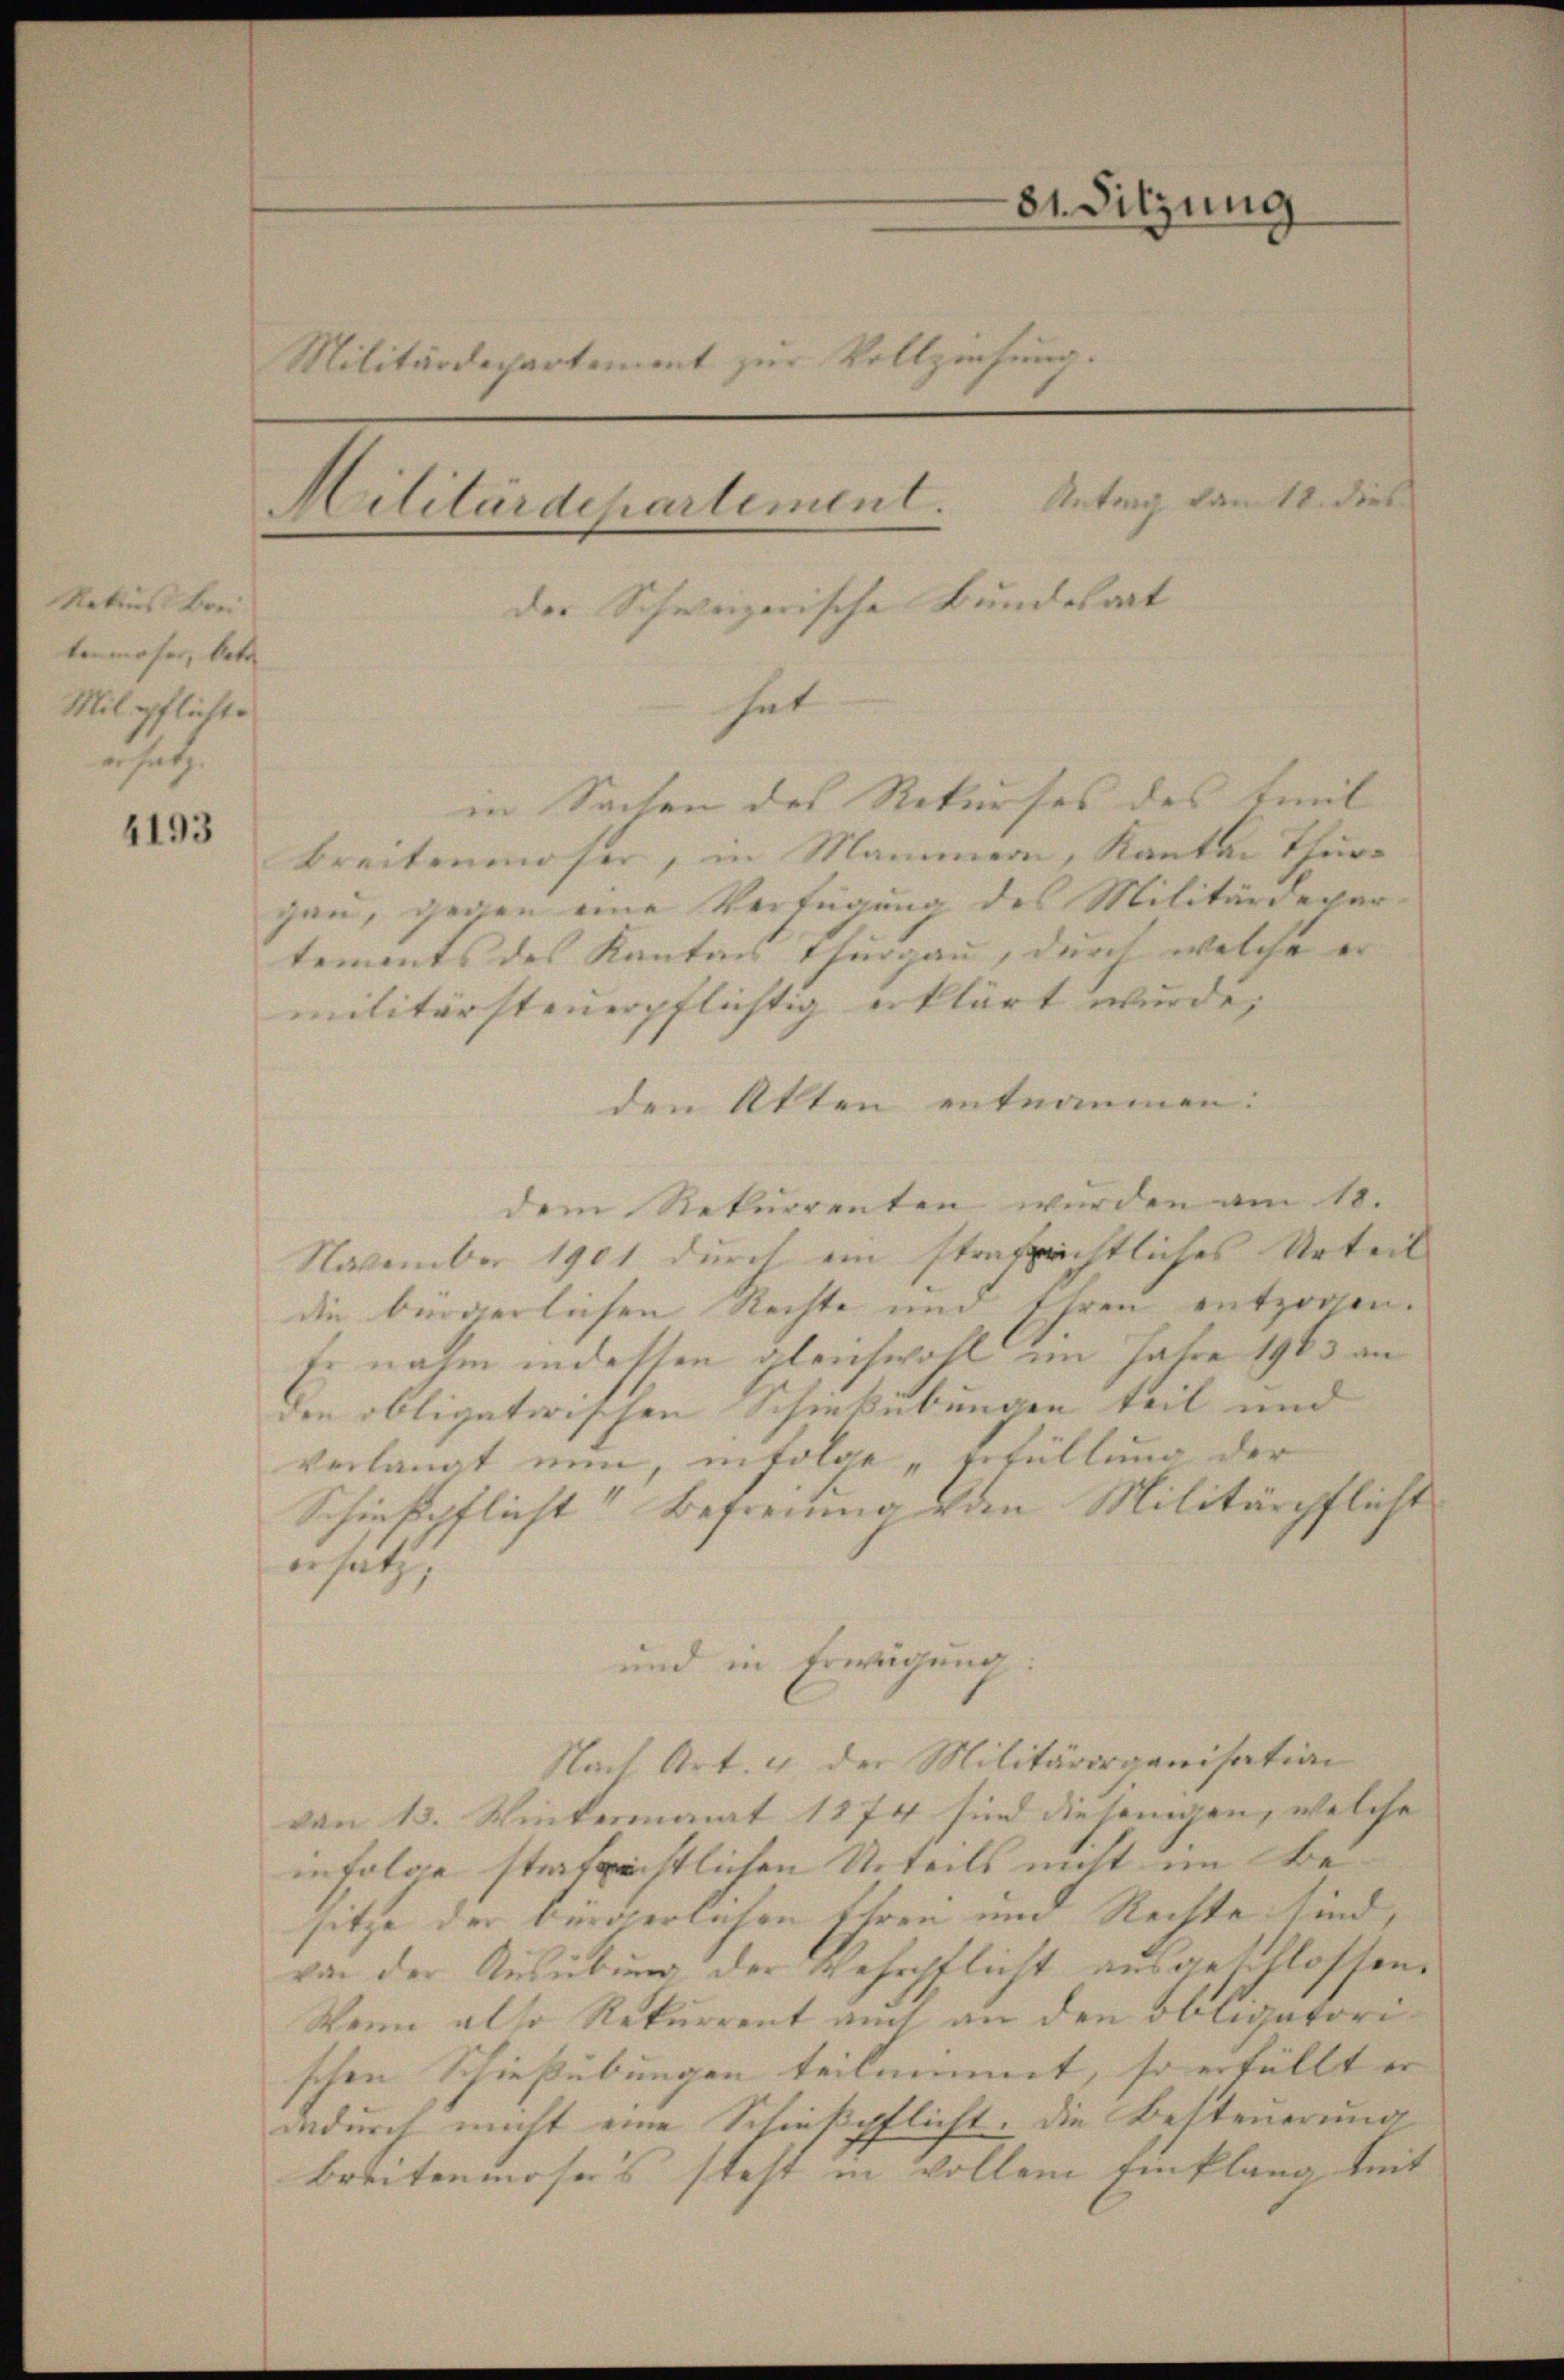
Rekurs Brei
tenmoser, betr.
Mil pflicht.
uhet

4193

81. Sitzung
Militärdepartement zur Vollziehung.
Militärdepartement. Antrag dem 18. dies
der Schweizerische Bundesart
hat
in Sachen des Rekurses des Emil
Breitenmoser, in Mannern, Kanton Thurgan, gegen eine Verfügung des Militärdepar-
tements des Kantons Thurgau, durch welche er

militärsteuerpflichtig erklärt wurde,
den Akten entnommen.
November 1901 durch ein strafprichtliches Urteil
die bürgerlichen Rechte und Ihren entzogen.
Es nahm in dessen gleichwohl im Jahre 1903 an
den obligatorischen Schießübungen teil und
verlangt nun, infolge „Erfüllung der
Schiesspflicht Befreiung von Militärpflicht
ersatz,
und in Erwägung:
Nach Art. 4 der Militärorganisation
von 13. Wintermanat 1874 sind diejenigen, welche |
infolge statgeistlichen Unteils nicht im Besitze der bürgerlichen Ehren und Nachte sind,
von der Ausübung der Wehrpflicht ausgeschlossen.
Wenn also Rekurrent auch an den Obligatorischen Schießübungen teilnimmt, so erfüllt er |
indurch nicht eine Schießpflicht. Die Besteuerung
Breitenmoses steht in vollem Einklang mit

dem Rekurrenten wurden am 10.